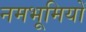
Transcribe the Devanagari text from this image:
नमभूमियों